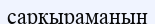
сарқыраманың